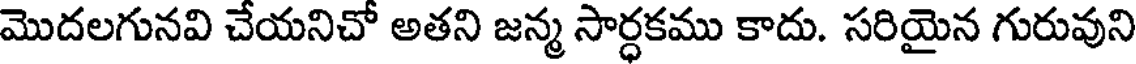
మొదలగునవి చేయనిచో అతని జన్మ సార్ధకము కాదు. సరియైన గురువుని